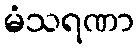
မံသရဏာ